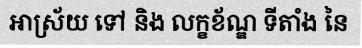
អាស្រ័យ ទៅ និង លក្ខខ័ណ្ឌ ទីតាំង នៃ